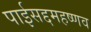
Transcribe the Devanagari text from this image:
पाईसद्दमहष्णव